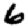
Digit: 6